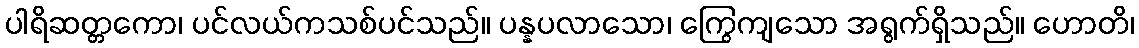
ပါရိဆတ္တကော၊ ပင်လယ်ကသစ်ပင်သည်။ ပန္နပလာသော၊ ကြွေကျသော အရွက်ရှိသည်။ ဟောတိ၊